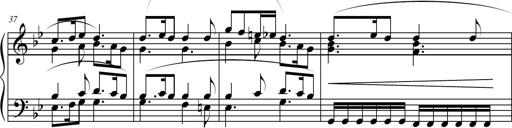
Title: Suite in the Old Style
Composer: Tyler Versluis